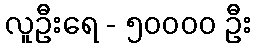
လူဦးရေ - ၅၀၀၀၀ ဦး